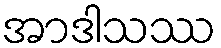
အာဒါသဿ